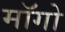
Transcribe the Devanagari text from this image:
माॅगो